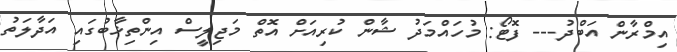
އިމްރާން އަބްދު--- ފޮޓޯ: މުހައްމަދު ޝާން ކުރިއަށް އޮތް މަޖިލީސް އިންތިޚާބުގައި އަދާލަތު